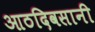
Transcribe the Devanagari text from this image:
आठदिवसानी